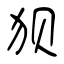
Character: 狈